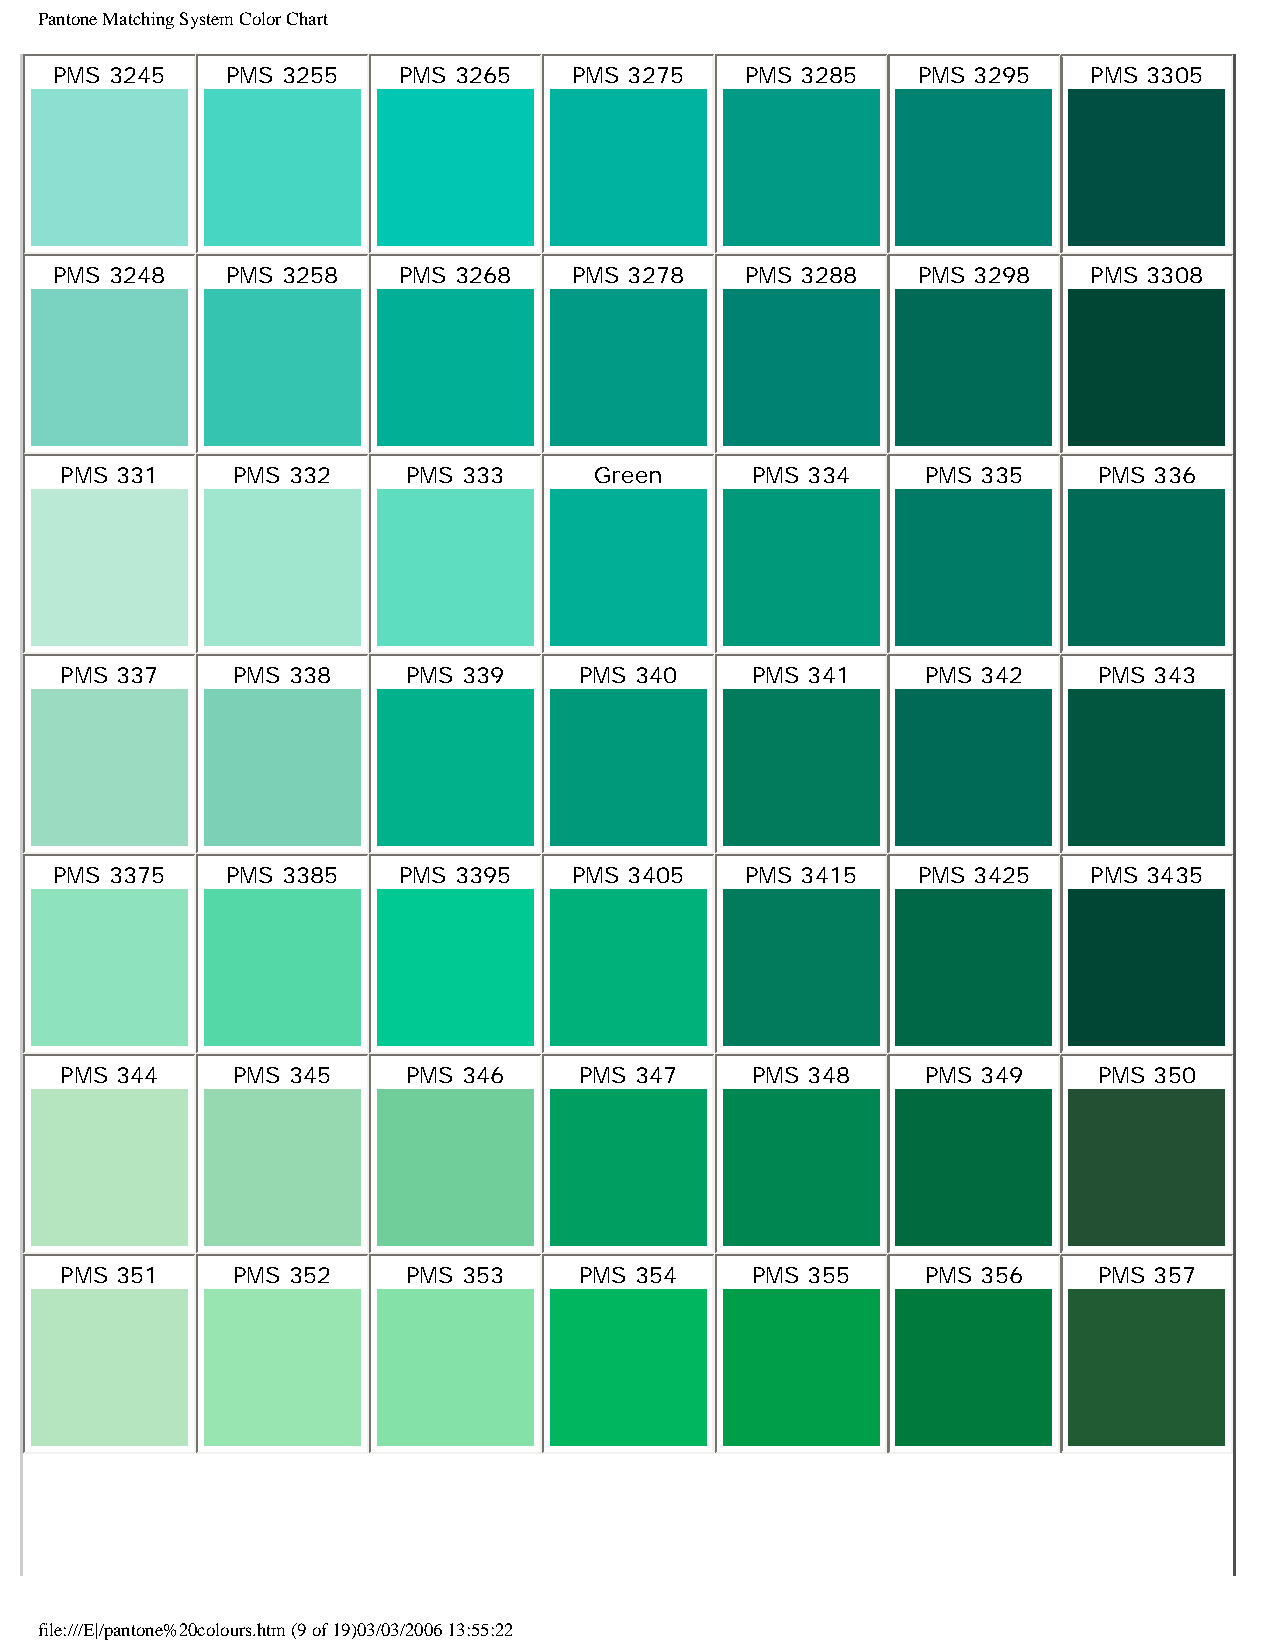
Pantone Matching System Color Chart
 PMS 3245   PMS 3255   PMS 3265    PMS 3275   PMS 3285    PMS 3295   PMS 3305
 PMS 3248   PMS 3258   PMS 3268    PMS 3278   PMS 3288    PMS 3298   PMS 3308
 PMS 331    PMS 332     PMS 333     Green      PMS 334    PMS 335     PMS 336
 PMS 337    PMS 338     PMS 339    PMS 340     PMS 341    PMS 342     PMS 343
 PMS 3375   PMS 3385   PMS 3395    PMS 3405   PMS 3415    PMS 3425   PMS 3435
 PMS 344    PMS 345     PMS 346    PMS 347     PMS 348    PMS 349     PMS 350
 PMS 351    PMS 352     PMS 353    PMS 354     PMS 355    PMS 356     PMS 357
 file:///E|/pantone%20colours.htm (9 of 19)03/03/2006 13:55:22